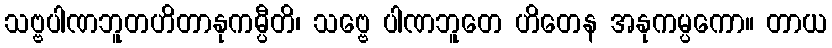
သဗ္ဗပါဏဘူတဟိတာနုကမ္ပီတိ၊ သဗ္ဗေ ပါဏဘူတေ ဟိတေန အနုကမ္ပကော။ တာယ